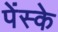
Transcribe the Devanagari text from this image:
पेंस्के